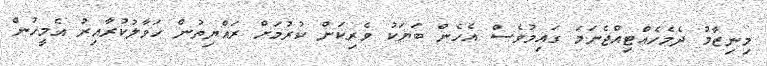
މިނިޒާމު ދެމެހެއްޓިއްޖެނަމަ ގައިމުވެސް އެހެން ބަޔަކު ވެރިކަން ކުރުމަށް ރައްޔިތުން ހަވާލުކުރާއިރު އެމީހުން